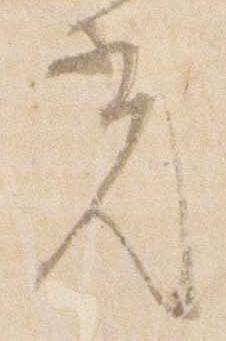
光